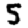
Digit: 5